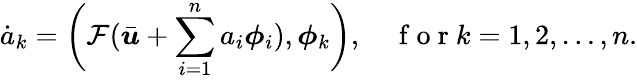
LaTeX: \dot{a}_{k}=\bigg(\mathcal{F}(\bar{\boldsymbol{u}}+\sum_{i=1}^{n}a_{i}\boldsymbol{\phi}_{i}),\boldsymbol{\phi}_{k}\bigg),\quad\mathrm{~f~o~r~}k=1,2,\dots,n.